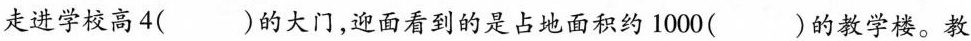
走进学校高4( )的大门，迎面看到的是占地面积约1000( )的教学楼。教